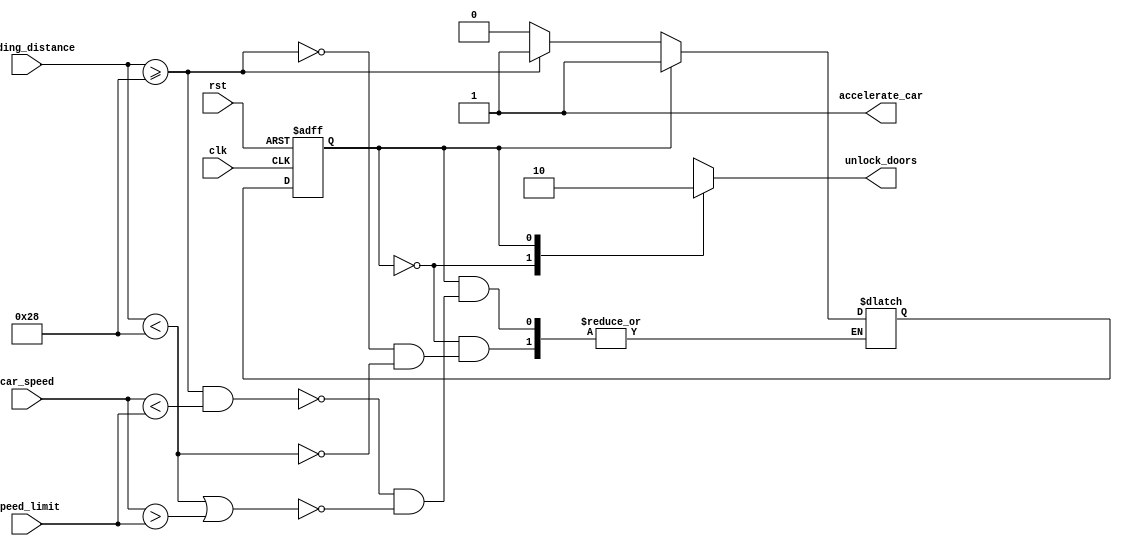
module control_unit(speed_limit,car_speed,leading_distance,clk,rst,unlock_doors,accelerate_car);

parameter STOP = 2'b00 ;
parameter ACCELERATE = 2'b01;
parameter DECELERATE = 2'b11;
parameter MIN_DISTANCE = 7'b0101000;

input [7:0] speed_limit , car_speed;
input [6:0] leading_distance;
input clk ,rst;

output reg unlock_doors , accelerate_car;

reg cs,ns;

//output logic
always @(cs) begin
    case(cs)
    STOP :begin
    unlock_doors = 1;
    accelerate_car = 1;
    end

    ACCELERATE: begin
    unlock_doors = 0;
    accelerate_car = 1;
    end

    DECELERATE: begin
    unlock_doors=0;
    accelerate_car=0;
    end
    endcase
end

//state memory
always @(posedge clk or posedge rst) begin
    if(rst) begin
        cs <= STOP;
        //unlock_doors <= 0;
        //accelerate_car <= 0;
    end
    else begin
        cs <= ns;
    end
end

//next state logic
always @(cs,speed_limit,car_speed,leading_distance)begin
    case(cs)
    STOP:
    if (leading_distance >= MIN_DISTANCE) ns <= ACCELERATE;
    else if (leading_distance < MIN_DISTANCE) ns <= STOP;

    ACCELERATE:
    if(leading_distance >= MIN_DISTANCE && car_speed < speed_limit) ns <= ACCELERATE;
    else if (leading_distance < MIN_DISTANCE || car_speed > speed_limit) ns <= DECELERATE;

    DECELERATE:
    if(leading_distance >= MIN_DISTANCE && car_speed < speed_limit) ns <= ACCELERATE;
    else if (leading_distance < MIN_DISTANCE || car_speed > speed_limit) ns <= DECELERATE;
    else if (car_speed==0) ns <= STOP;
    endcase
end
endmodule